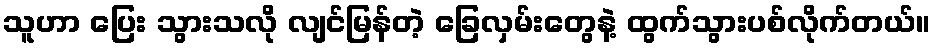
သူဟာ ပြေး သွားသလို လျင်မြန်တဲ့ ခြေလှမ်းတွေနဲ့ ထွက်သွားပစ်လိုက်တယ်။